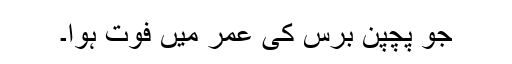
جو پچپن برس کی عمر میں فوت ہوا۔